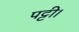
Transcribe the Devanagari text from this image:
पट्टी।